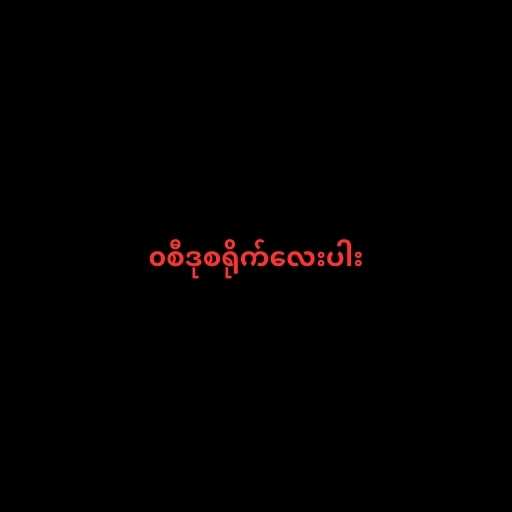
၀စီဒုစရိုက်လေးပါး